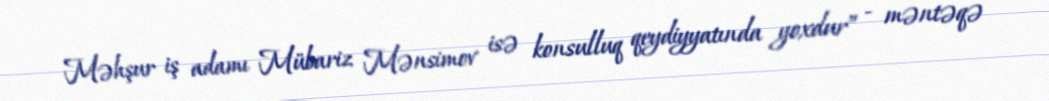
Məhşur iş adamı Mübariz Mənsimov isə konsulluq qeydiyyatında yoxdur” - məntəqə